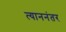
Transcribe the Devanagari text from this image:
त्याननंतर